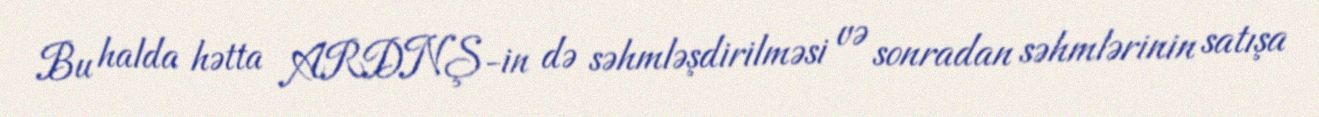
Bu halda hətta ARDNŞ-in də səhmləşdirilməsi və sonradan səhmlərinin satışa